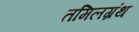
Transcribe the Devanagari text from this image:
तमिलग्रंथ